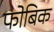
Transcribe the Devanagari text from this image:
फोबिक